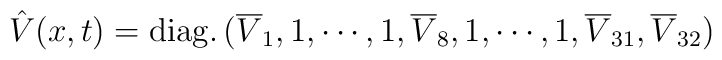
\hat{V}(x,t) = {\rm diag.}\,(\overline{V}_{1},1,\cdots,1,\overline{V}_{8},1,\cdots ,1,\overline{V}_{31},\overline{V}_{32})